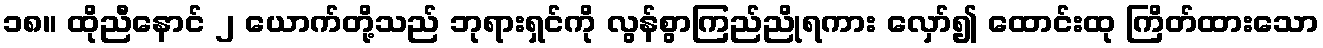
၁၈။ ထိုညီနောင် ၂ ယောက်တို့သည် ဘုရားရှင်ကို လွန်စွာကြည်ညိုရကား လှော်၍ ထောင်းထု ကြိတ်ထားသော